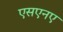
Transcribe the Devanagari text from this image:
एसएनए